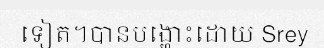
ទៀត។បានបង្ហោះដោយ Srey